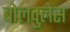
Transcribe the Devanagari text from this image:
बोलवुलेस